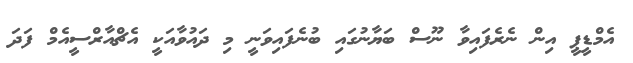
އެމްޑީޕީ އިން ނެރެފައިވާ ނޫސް ބަޔާނުގައި ބުނެފައިވަނީ މި ދައުވާއަކީ އެޗްއާރްސީއެމް ފަދަ